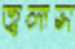
জ্বলাস